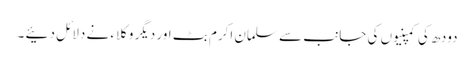
دودھ کی کمپنیوں کی جانب سے سلمان اکرم بٹ اور دیگر وکلاء نے دلائل دئیے ۔